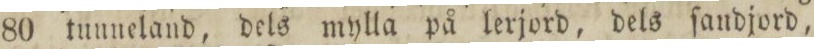
80 tunneland, dels mylla på lerjord, dels ſandjord,